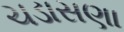
ચડાસણા